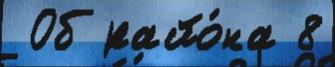
 Об райо́на 8